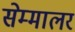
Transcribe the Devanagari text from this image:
सेम्मालर